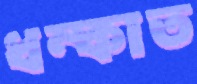
ধম্‌কাত